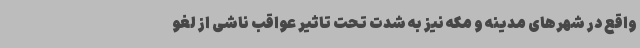
واقع در شهرهای مدینه و مکه نیز به شدت تحت تاثیر عواقب ناشی از لغو